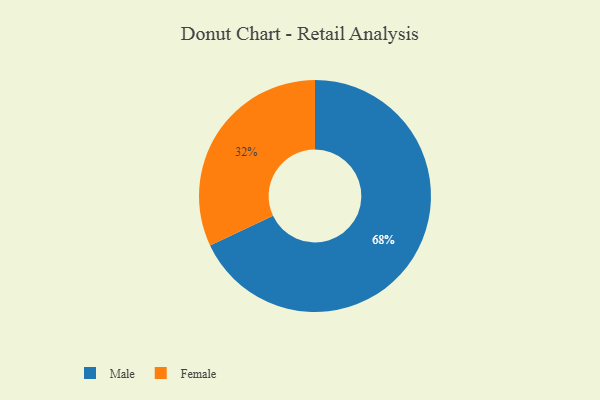
{"axis": {"x": "Category", "y": "Percentage"}, "legend": ["Female", "Male"], "data": [{"x": "Male", "y": 68, "type": "Male"}, {"x": "Female", "y": 32, "type": "Female"}]}